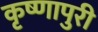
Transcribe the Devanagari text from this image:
कृष्णापुरी